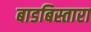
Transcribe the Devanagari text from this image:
बाडबिस्तारा